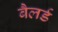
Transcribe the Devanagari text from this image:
बैलर्ड